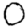
Digit: 0